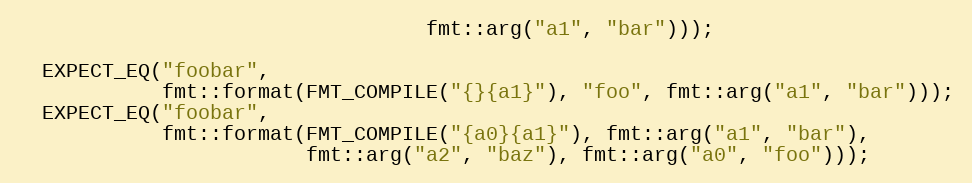
Language: C++
                                  fmt::arg("a1", "bar")));

  EXPECT_EQ("foobar",
            fmt::format(FMT_COMPILE("{}{a1}"), "foo", fmt::arg("a1", "bar")));
  EXPECT_EQ("foobar",
            fmt::format(FMT_COMPILE("{a0}{a1}"), fmt::arg("a1", "bar"),
                        fmt::arg("a2", "baz"), fmt::arg("a0", "foo")));